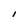
Character: I